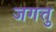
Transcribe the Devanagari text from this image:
जगत्तु